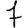
Digit: 7